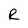
Character: R